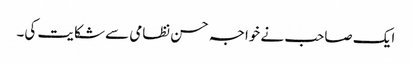
ایک صاحب نے خواجہ حسن نظامی سے شکایت کی۔